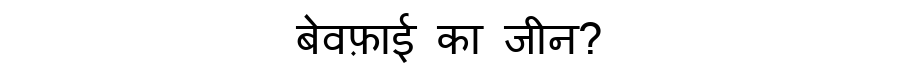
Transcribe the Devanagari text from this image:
बेवफ़ाई का जीन?